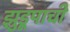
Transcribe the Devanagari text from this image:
झुडूपाची